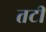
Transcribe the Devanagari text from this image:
तटीं